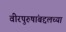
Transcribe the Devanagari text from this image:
वीरपुरुषांबद्दलच्या